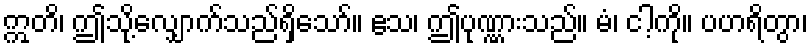
ဣတိ၊ ဤသို့လျှောက်သည်ရှိသော်။ ဧသ၊ ဤပုဏ္ဏားသည်။ မံ၊ ငါ့ကို။ ပဟရိတွာ၊